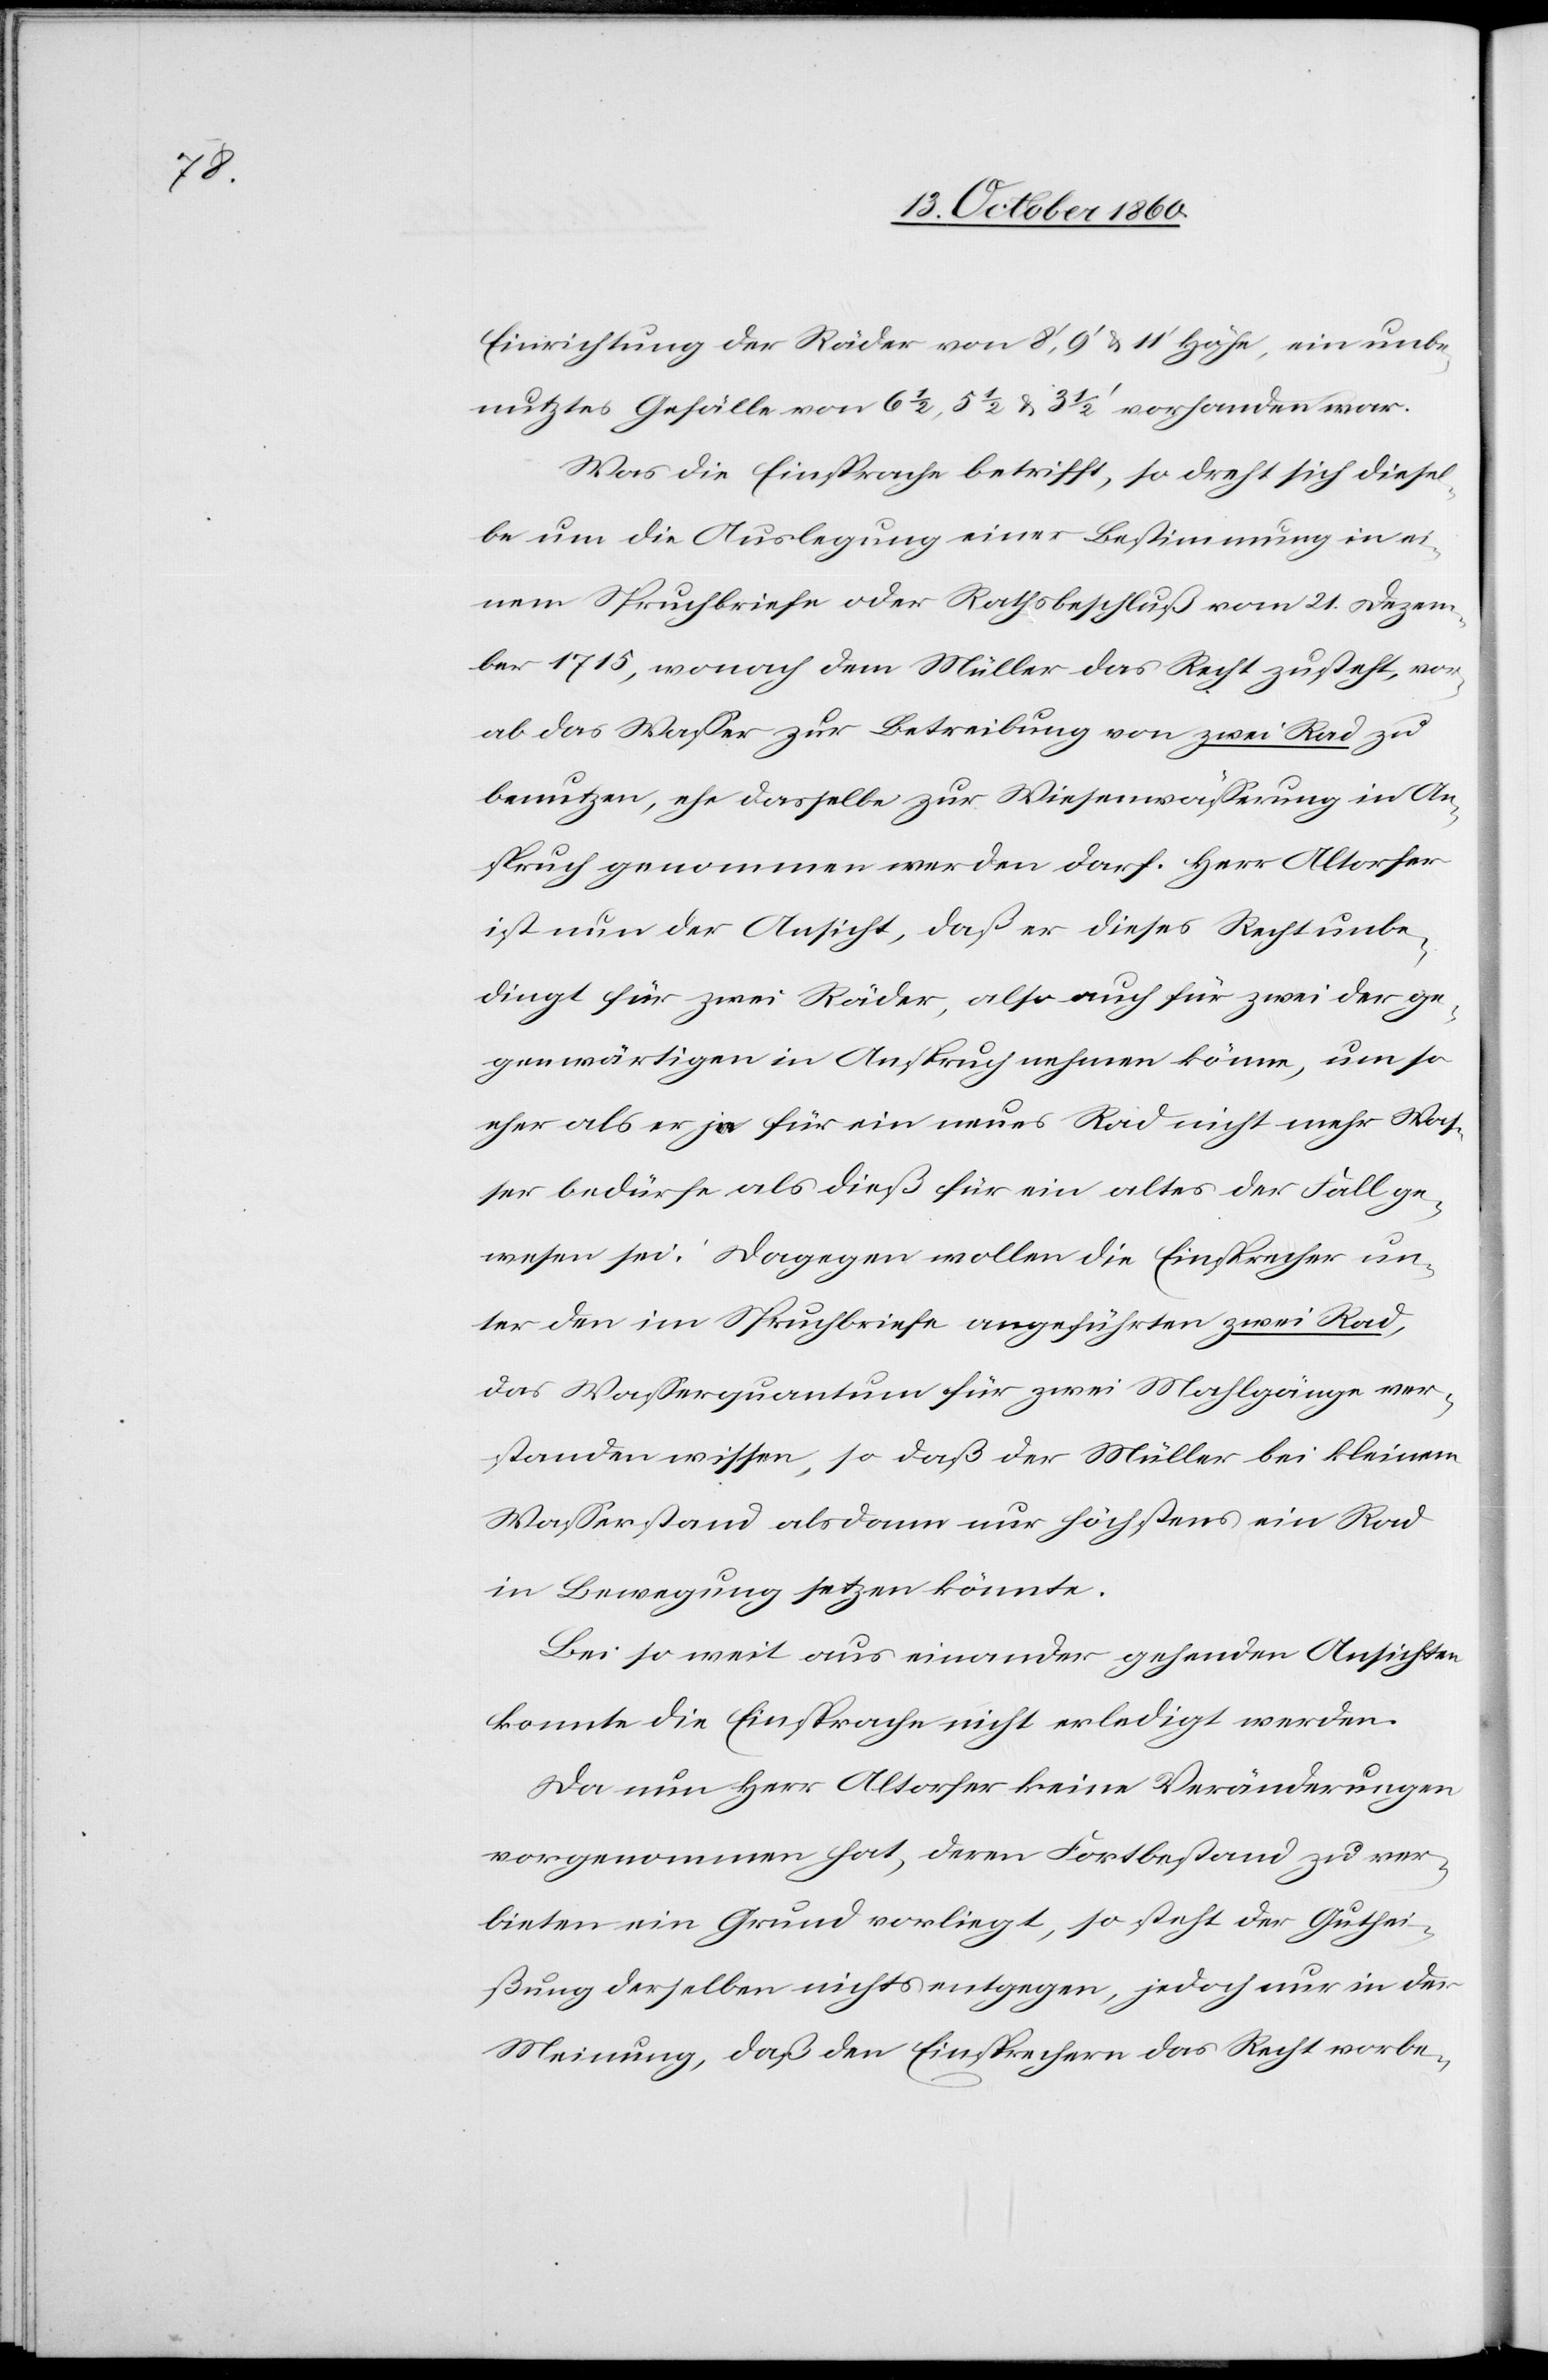
Einrichtung der Räder von 8’, 9’ u. 11’ Höhe, ein unbe¬
nutztes Gefälle con 6 1/2, 5 1/2 u. 3 1/2’ vorhanden war.
Was die Einsprache betrifft, so dreht sich diesel¬
be um die Auslegung einer Bestimmung in ei¬
nem Spruchbriefe oder Rathsbeschluß vom 21. Dezem¬
ber 1715, wonach dem Müller das Recht zusteht, vor¬
ab das Wasser zur Betreibung von zwei Rad zu
benutzen, ehe dasselbe zur Wiesenwässerung in An¬
spruch genommen werden darf. Herr Altorfer
ist nun der Ansicht, daß er dieses Recht unbe¬
dingt für zwei Räder, also auch für zwei der ge¬
genwärtigen in Anspruch nehmen könne, um so
eher als er ja für ein neues Rad nicht mehr Was¬
ser bedürfe als dieß für ein altes der Fall ge¬
wesen sei. Dagegen wollen die Einsprecher un¬
ter den im Spruchbriefe angeführten zwei Rad,
das Wasserquantum für zwei Mahlgänge ver¬
standen wissen, so daß der Müller bei kleinem
Wasserstand alsdann nur höchstens ein Rad
in Bewegung setzen könnte.
Bei so weit aus einander gehenden Ansichten
konnte die Einsprache nicht erledigt werden.
Da nun Herr Altorfer keine Veränderungen
vorgenommen hat, deren Fortbestand zu ver¬
bieten ein Grund vorliegt, so steht der Guthei¬
ßung derselben nichts entgegen, jedoch nur in der
Meinung, daß den Einsprechern das Recht vorbe-